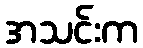
အသင်းက